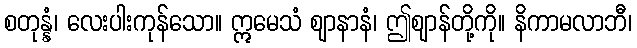
စတုန္နံ၊ လေးပါးကုန်သော။ ဣမေသံ ဈာနာနံ၊ ဤဈာန်တို့ကို။ နိကာမလာဘီ၊